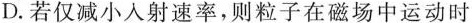
D.若仅减小人射速率，则粒子在磁场中运动时